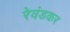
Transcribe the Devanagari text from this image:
रेवंडकर